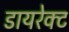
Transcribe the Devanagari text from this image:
डायरेक्‍ट